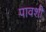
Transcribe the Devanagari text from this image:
पावशी